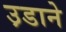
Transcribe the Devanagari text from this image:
उ़डाने